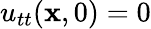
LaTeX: u_{tt}(\mathbf x,0)=0